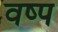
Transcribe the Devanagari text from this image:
वष्प